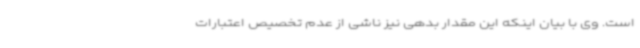
است. وی با بیان اینکه این مقدار بدهی نیز ناشی از عدم تخصیص اعتبارات